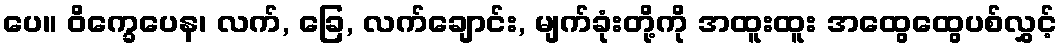
ပေ။ ဝိက္ခေပေန၊ လက်, ခြေ, လက်ချောင်း, မျက်ခုံးတို့ကို အထူးထူး အထွေထွေပစ်လွှင့်